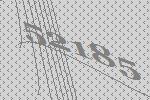
52185